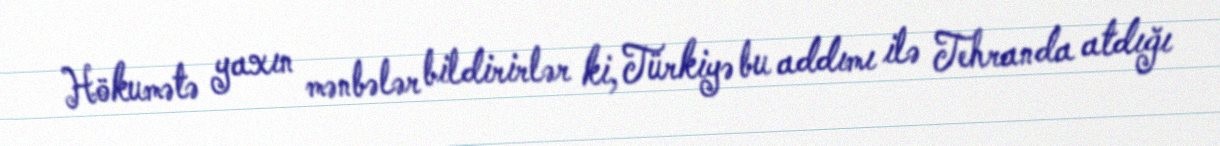
Hökumətə yaxın mənbələr bildirirlər ki, Türkiyə bu addımı ilə Tehranda atdığı